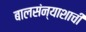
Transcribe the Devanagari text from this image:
बालसंन्याशाची